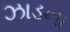
ઝાડના